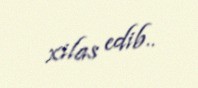
xilas edib..